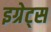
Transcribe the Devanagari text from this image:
इग्रेट्स